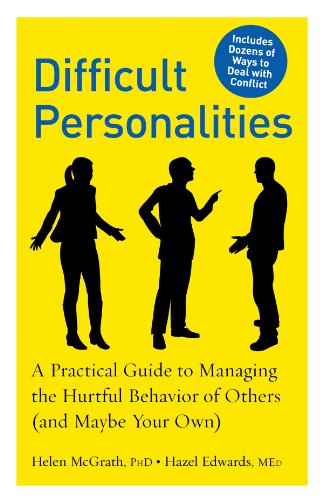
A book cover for Difficult Personalities: A Practical Guide to Managing the Hurtful Behavior of Others (and Maybe Your Own); Helen McGrath; Health, Fitness & Dieting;